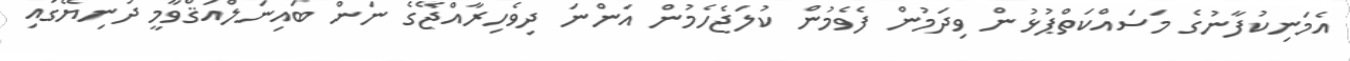
އެމަނިކުފާނުގެ މަސައްކަތްޕުޅުން ވިދަމުން ފެވެމުން ކުލަޖެހެމުން އަންނަ ދިވެހިރާއްޖޭގެ ނަން ބައިނަލްއަޤްވާމީ ދުނިޔޭގައި